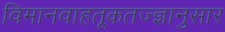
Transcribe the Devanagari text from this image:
विमानवाहतूकतज्ज्ञानुसार